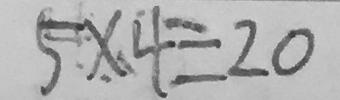
5 \times 4 = 2 0